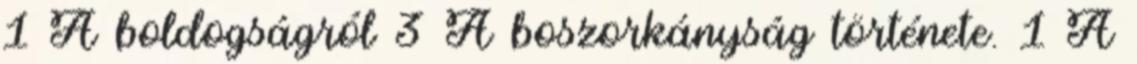
1 A boldogságról 3 A boszorkányság története. 1 A